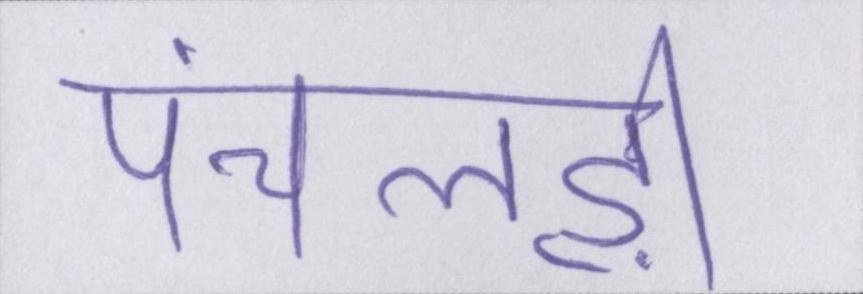
पंचलड़ी